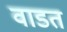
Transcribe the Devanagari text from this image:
वाडत